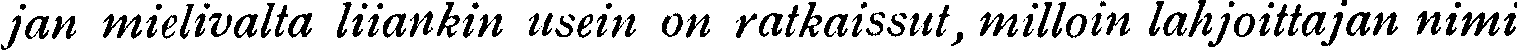
jan mielivalta liiankin usein on ratkaissut, milloin lahjoittajan nimi